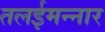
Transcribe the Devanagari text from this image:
तलईमन्नार